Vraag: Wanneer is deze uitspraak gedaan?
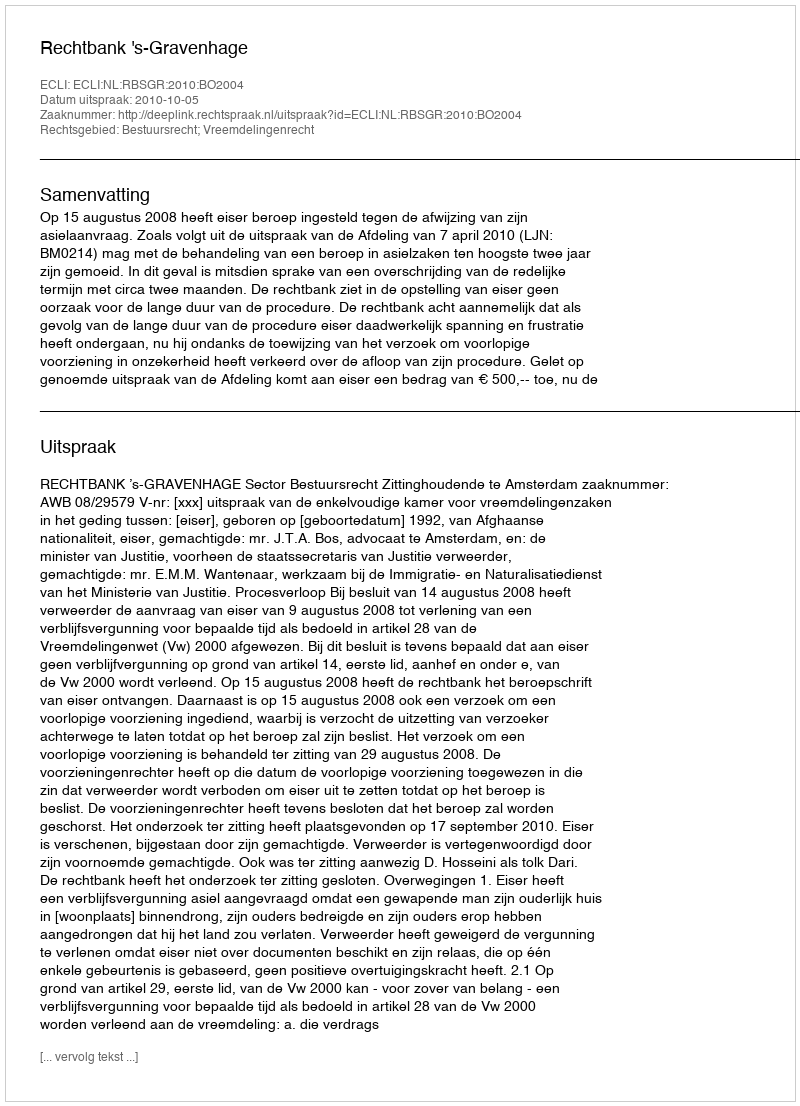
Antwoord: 2010-10-05